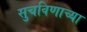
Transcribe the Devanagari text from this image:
सुचविणाच्या